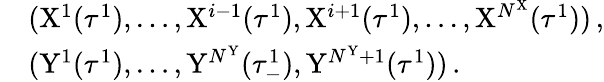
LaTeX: \begin{array}{rl}&{(\mathrm{X}^{1}(\tau^{1}),\dots,\mathrm{X}^{i-1}(\tau^{1}),\mathrm{X}^{i+1}(\tau^{1}),\dots,\mathrm{X}^{N^{\mathrm{X}}}(\tau^{1}))\, ,}\\ &{(\mathrm{Y}^{1}(\tau^{1}),\dots,\mathrm{Y}^{N^{\mathrm{Y}}}(\tau_{-}^{1}),\mathrm{Y}^{N^{\mathrm{Y}}+1}(\tau^{1}))\, .}\end{array}